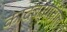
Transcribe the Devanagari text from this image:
कादंबऱ्यातील